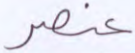
عنصر